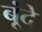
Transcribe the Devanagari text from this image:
बूंंदें